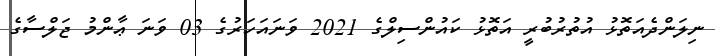
ނިލަންދެއަތޮޅު އުތުރުބުރީ އަތޮޅު ކައުންސިލްގެ 2021 ވަނައަހަރުގެ 03 ވަނަ ޢާންމު ޖަލްސާގެ